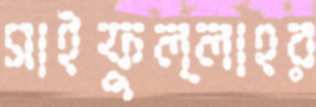
সাইফুল্লাহর